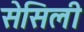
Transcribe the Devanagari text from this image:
सेसिली